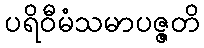
ပရိဝီမံသမာပဇ္ဇတိ